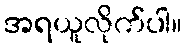
အရယူလိုက်ပါ။